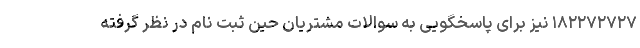
۱۸۲۲۷۲۷۲۷ نیز برای پاسخگویی به سوالات مشتریان حین ثبت نام در نظر گرفته